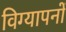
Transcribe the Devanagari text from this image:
विग्यापनों